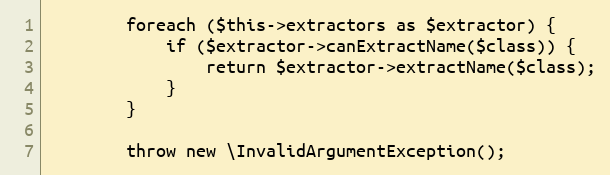
Language: PHP
        foreach ($this->extractors as $extractor) {
            if ($extractor->canExtractName($class)) {
                return $extractor->extractName($class);
            }
        }

        throw new \InvalidArgumentException();